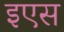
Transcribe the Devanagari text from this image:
इएस